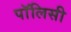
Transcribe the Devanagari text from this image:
पाॅलिसी